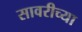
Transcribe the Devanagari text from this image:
सावरीच्या